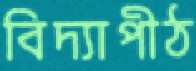
বিদ্যাপীঠ